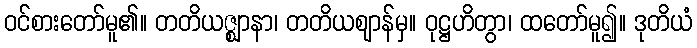
ဝင်စားတော်မူ၏။ တတိယဇ္ဈာနာ၊ တတိယဈာန်မှ။ ဝုဋ္ဌဟိတွာ၊ ထတော်မူ၍။ ဒုတိယံ